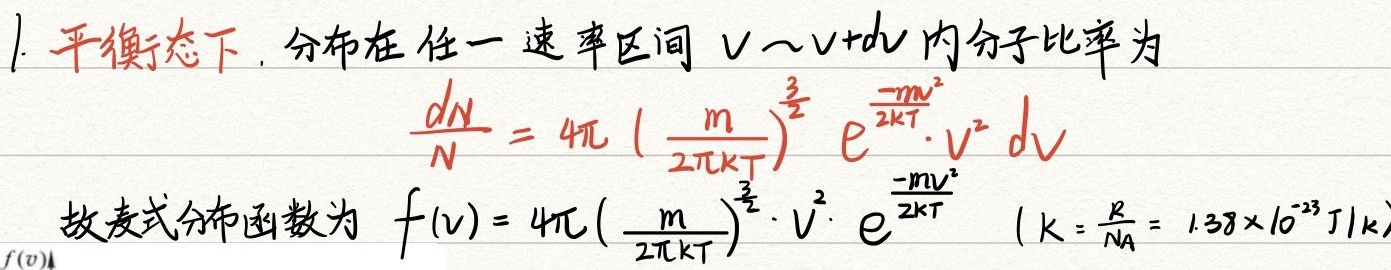
1. 平衡态下，分布在任一速率区间 \(v\sim v + dv\) 内分子比率为
\[
\frac{dN}{N}=4\pi\left(\frac{m}{2\pi kT}\right)^{\frac{3}{2}}e^{\frac{-mv^{2}}{2kT}}\cdot v^{2}dv
\]
故麦式分布函数为 \(f(v)=4\pi\left(\frac{m}{2\pi kT}\right)^{\frac{3}{2}}\cdot v^{2}\cdot e^{\frac{-mv^{2}}{2kT}}\)  \((k = \frac{R}{N_{A}}=1.38\times 10^{-23}\text{ J/K})\)